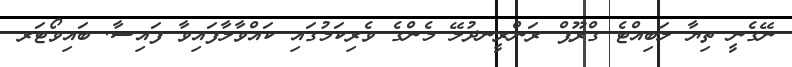
ނޭގެނީ ތިޔާ ލަބިއްޓެ ގްރޫޕް ރަންރީނދުލޭ މެންގެ ވެރިކަމުގައި ކައްވާލާފައިވާ ފައިސާ. ބައިވޯޓަރ